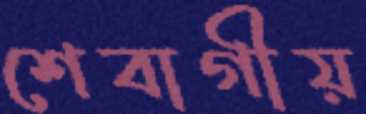
শেবাগীয়